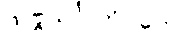
သဗ္ဗသင်္ဂါတိဂတေ